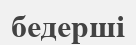
бедерші